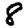
Digit: 8